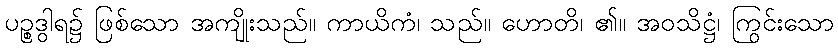
ပဉ္စဒွါရ၌ ဖြစ်သော အကျိုးသည်။ ကာယိကံ၊ သည်။ ဟောတိ၊ ၏။ အဝသိဋ္ဌံ၊ ကြွင်းသော